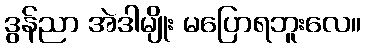
ဒွန်ညာ အဲဒါမျိုး မပြောရဘူးလေ။